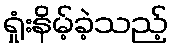
ရှုံးနိမ့်ခဲ့သည့်